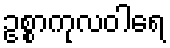
ဥစ္စာကုလဝါရေ